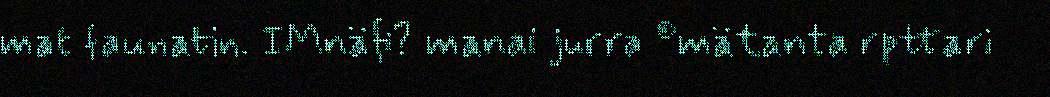
mat faunatin. IMnäfi? manai jurra ©mätanta rpttari